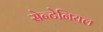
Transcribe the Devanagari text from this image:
सेन्टेनियल